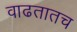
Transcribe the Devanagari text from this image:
वाढतातच